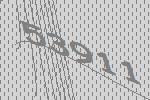
53911